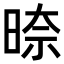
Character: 𭦛